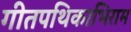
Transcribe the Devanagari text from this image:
गीतपथिकाभिराम